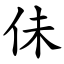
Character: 佅